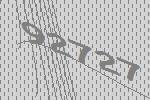
92727